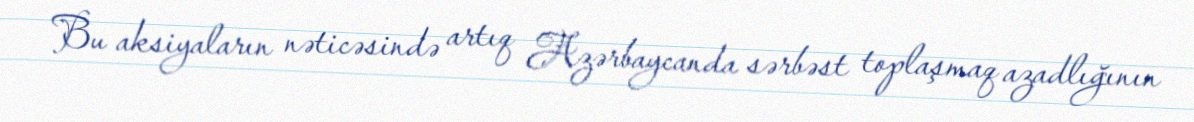
Bu aksiyaların nəticəsində artıq Azərbaycanda sərbəst toplaşmaq azadlığının